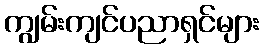
ကျွမ်းကျင်ပညာရှင်များ